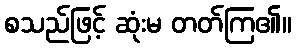
စသည်ဖြင့် ဆုံးမ တတ်ကြ၏။